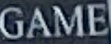
GAME